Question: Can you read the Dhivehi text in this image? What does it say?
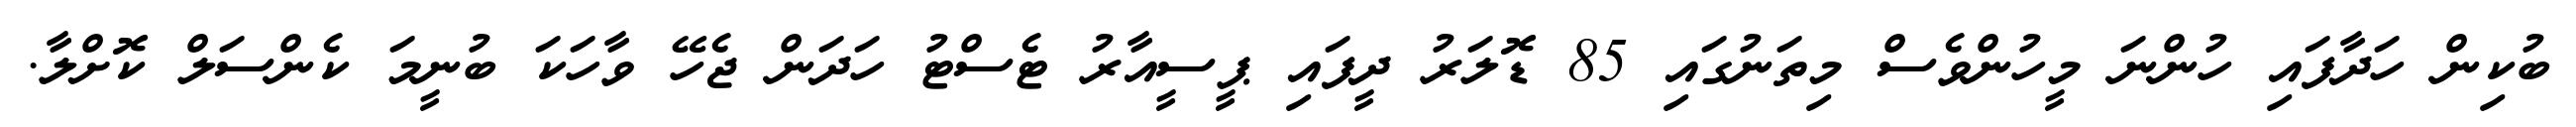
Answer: ބުކިން ހަދާފައި ހުންނަ މީހުންވެސް މިތަނުގައި 85 ޑޮލަރު ދީފައި ޕީސީއާރު ޓެސްޓު ހަދަން ޖެހޭ ވާހަކަ ބުނީމަ ކެންސަލް ކޮށްލާ.